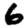
Digit: 6